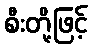
စီးတို့ဖြင့်